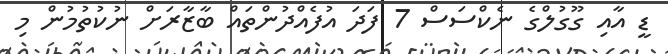
ޑީ އާއި ގޫގުލްގެ ނެކްސަސް 7 ފަދަ އުފެއްދުންތައް ބާޒާރަށް ނުކުތުމުން މި